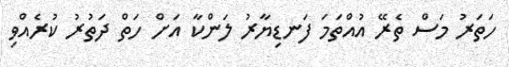
ހަތަރު މަސް ތެރޭ އުއްތަމަ ފަނޑިޔާރު ލަންކާ އަށް ހަތް ދަތުރު ކުރެއްވި